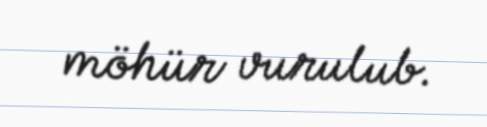
möhür vurulub.